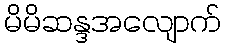
မိမိဆန္ဒအလျောက်